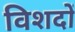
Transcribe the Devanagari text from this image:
विशदों